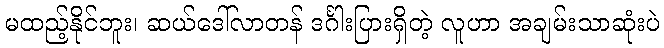
မထည့်နိုင်ဘူး၊ ဆယ်ဒေါ်လာတန် ဒင်္ဂါးပြားရှိတဲ့ လူဟာ အချမ်းသာဆုံးပဲ